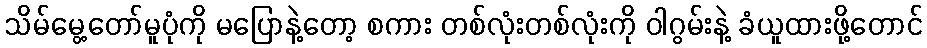
သိမ်မွေ့တော်မူပုံကို မပြောနဲ့တော့ စကား တစ်လုံးတစ်လုံးကို ဝါဂွမ်းနဲ့ ခံယူထားဖို့တောင်